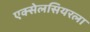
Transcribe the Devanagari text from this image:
एक्सेलसियरला